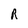
Character: R